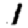
Digit: 1